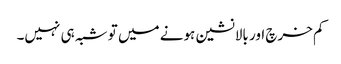
کم خرچ اور بالانشین ہونے میں تو شبہ ہی نہیں۔